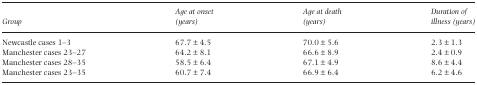
| Group | Age at onset (years) | Age at death (years) | Duration of illness (years) |
 | --- | --- | --- | --- |
 | Newcastle cases 1–3 | 67.7 ± 4.5 | 70.0 ± 5.6 | 2.3 ± 1.3 |
 | Manchester cases 23–27 | 64.2 ± 8.1 | 66.6 ± 8.9 | 2.4 ± 0.9 |
 | Manchester cases 28–35 | 58.5 ± 6.4 | 67.1 ± 4.9 | 8.6 ± 4.4 |
 | Manchester cases 23–35 | 60.7 ± 7.4 | 66.9 ± 6.4 | 6.2 ± 4.6 |